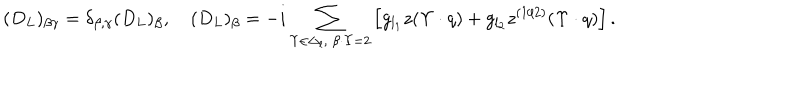
( D _ { L } ) _ { \beta \gamma } = \delta _ { \beta , \gamma } ( D _ { L } ) _ { \beta } , \quad ( D _ { L } ) _ { \beta } = - i \sum _ { \Upsilon \in \Delta _ { l } , \ \beta \cdot \Upsilon = 2 } \left[ g _ { l _ { 1 } } z ( \Upsilon \cdot q ) + g _ { l _ { 2 } } z ^ { ( 1 / 2 ) } ( \Upsilon \cdot q ) \right] .